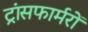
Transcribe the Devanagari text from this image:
ट्रांसफार्मरों